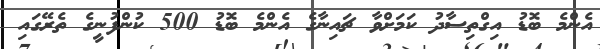
އެންމެ ބޮޑު އިގްތިސާދު ކަމަށްވާ ޗައިނާގެ އެންމެ ބޮޑު 500 ކުންފުނީގެ ތެރޭގައި